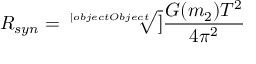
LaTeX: R _ { s y n } = { \sqrt [ [object Object] ] { \frac { G ( m _ { 2 } ) T ^ { 2 } } { 4 \pi ^ { 2 } } } }